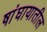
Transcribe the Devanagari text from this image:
षांघायातील